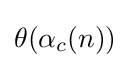
\theta (\alpha _{c}(n))